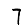
Digit: 7